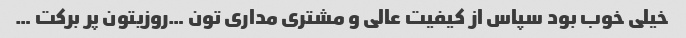
خیلی خوب بود سپاس از کیفیت‌ عالی و مشتری مداری تون …روزیتون پر برکت …